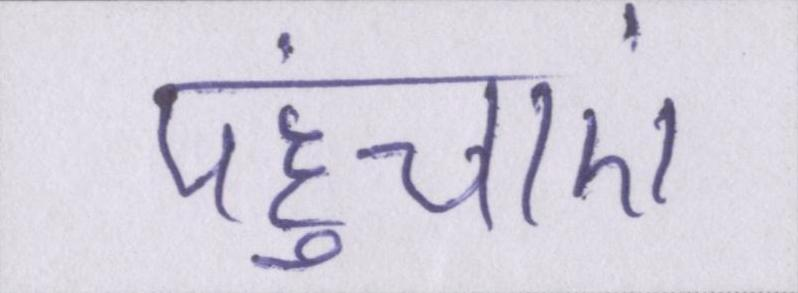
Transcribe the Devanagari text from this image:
पहुंचाएं